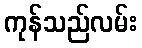
ကုန်သည်လမ်း